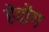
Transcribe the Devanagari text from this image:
हेवोंग